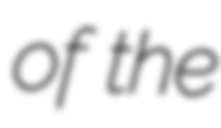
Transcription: of the